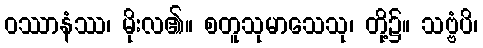
ဝဿာနံဿ၊ မိုးလ၏။ စတူသုမာသေသု၊ တို့၌။ သဗ္ဗံပိ၊